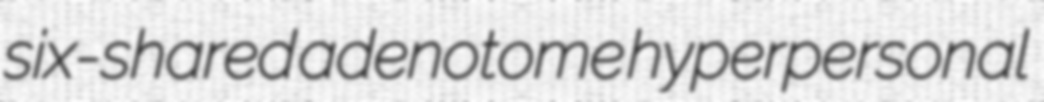
six-shared adenotome hyperpersonal